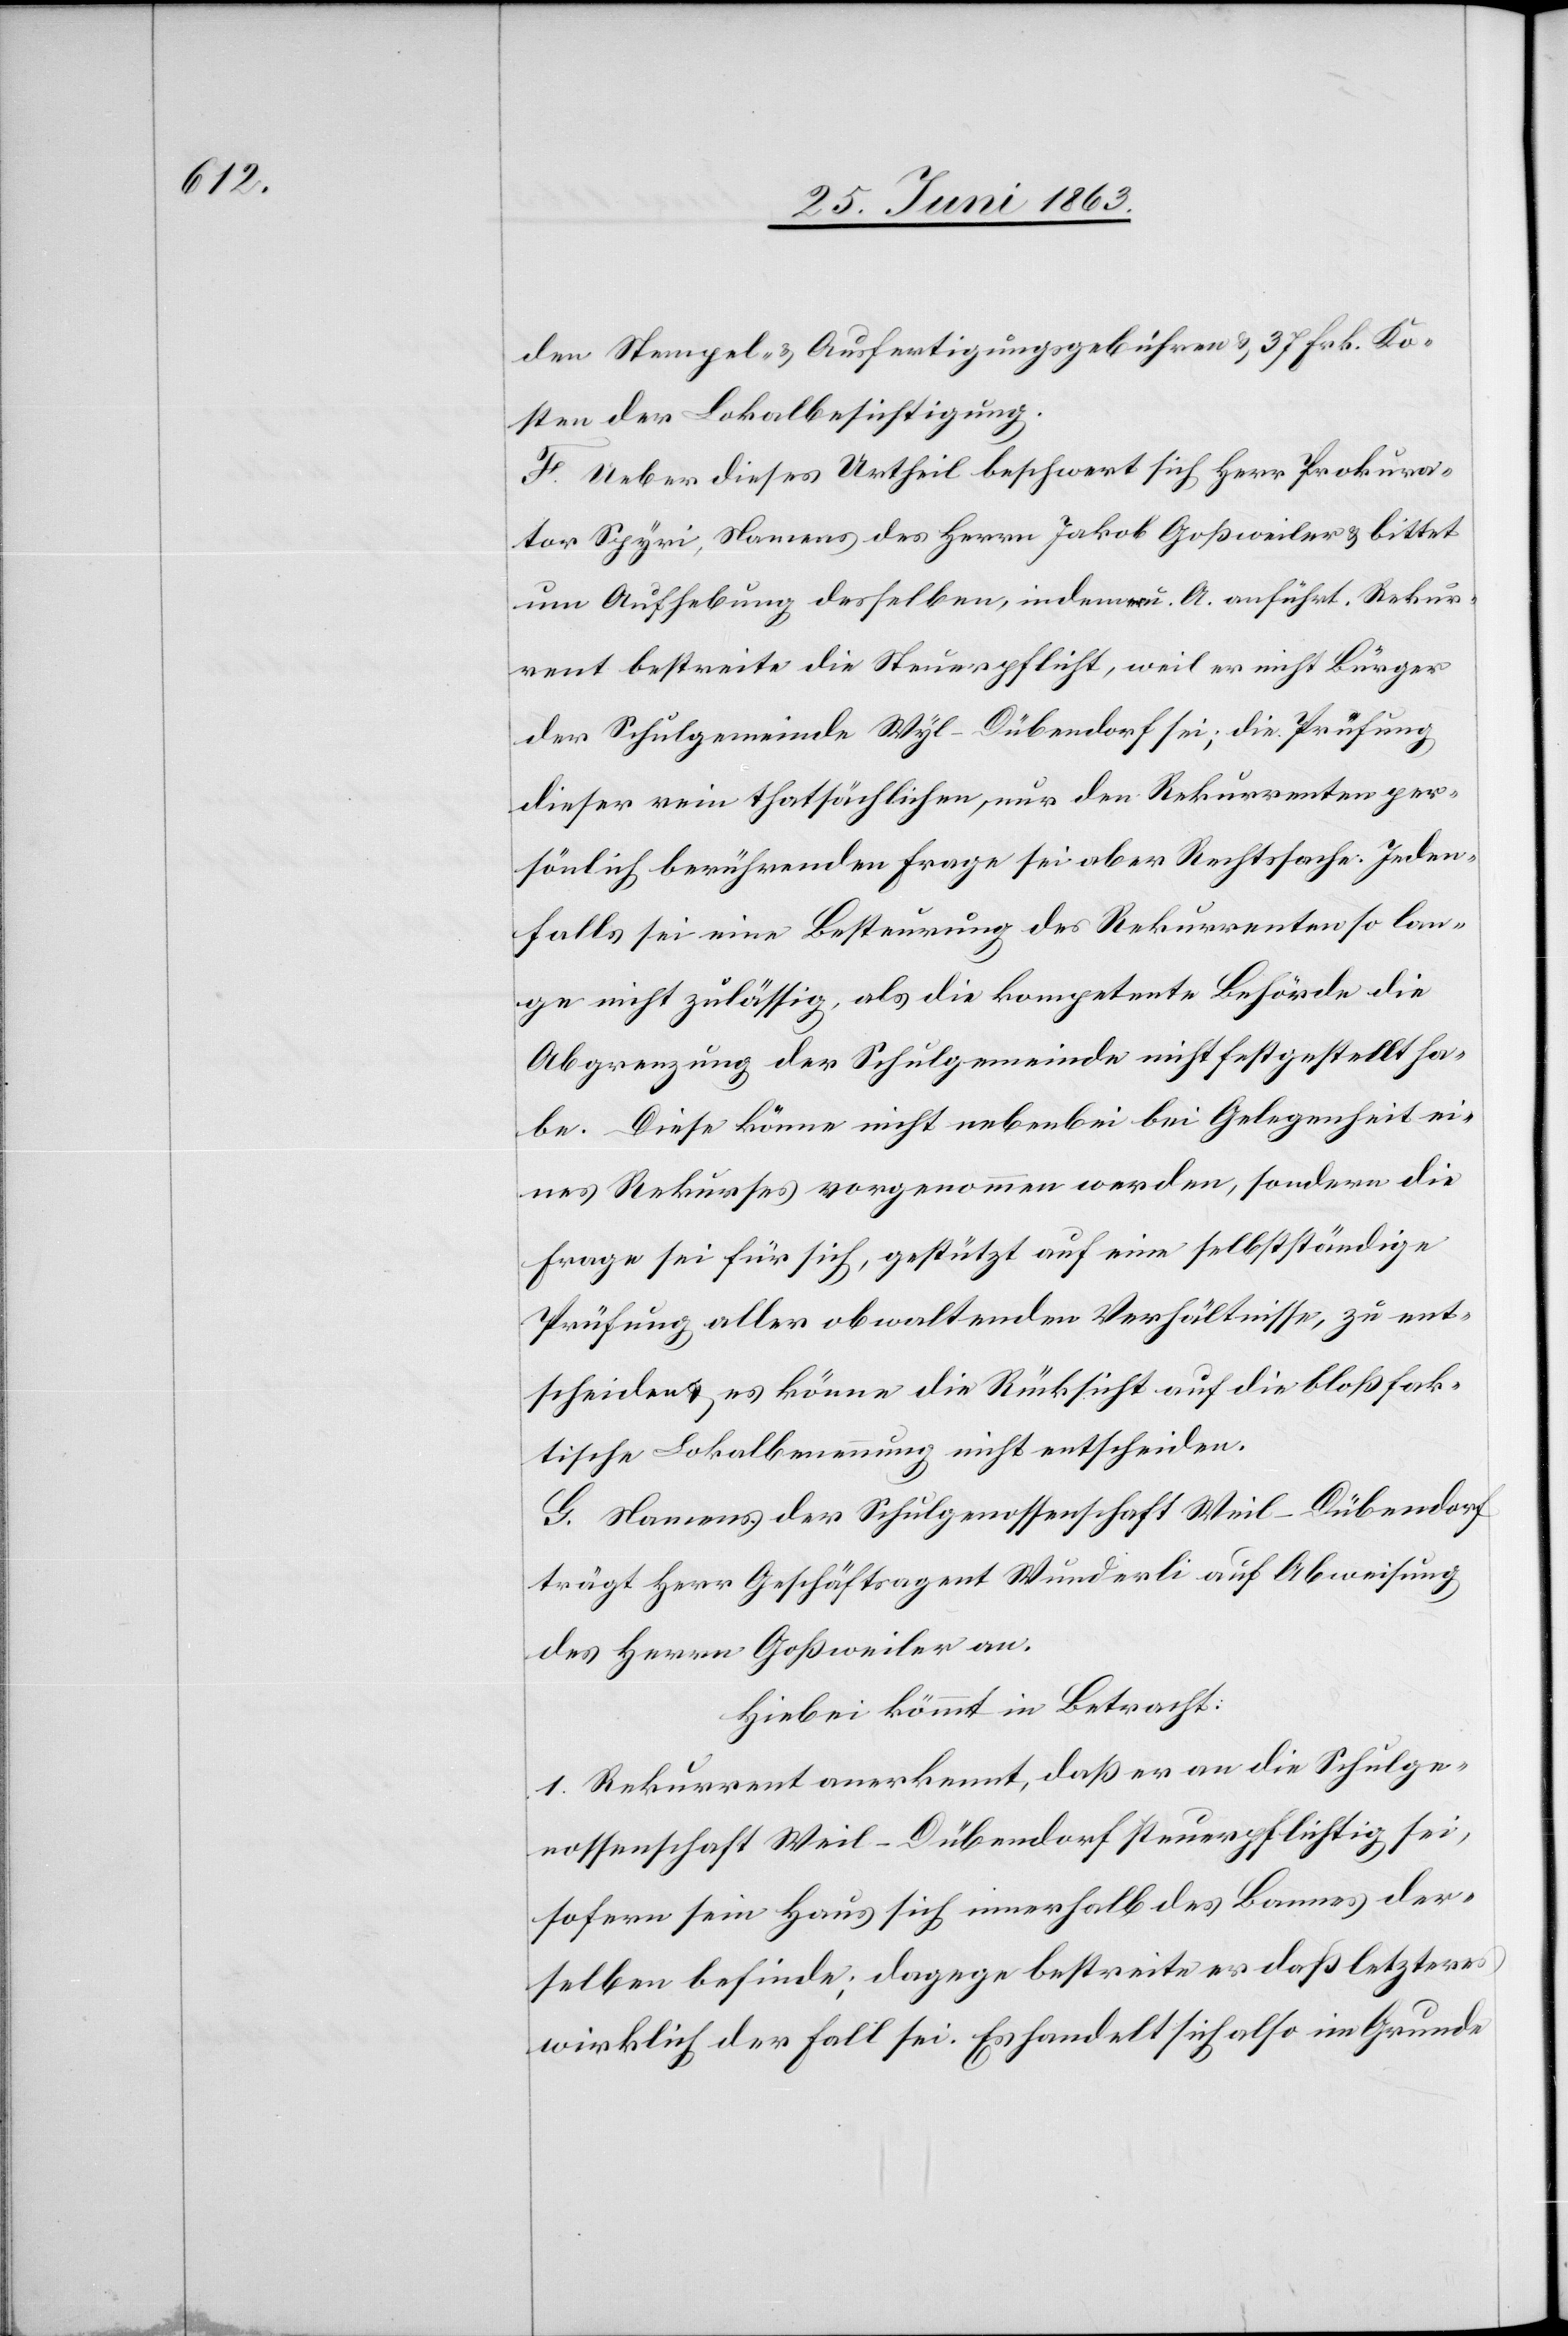
den Stempel- & Ausfertigungsgebühren & 37 Frk. Ko¬
sten der Lokalbesichtigung.
F. Ueber dieses Urtheil beschwert sich Herr Prokura¬
tor Spyri, Namens des Herrn Jakob Goßweiler & bittet
um Aufhebung desselben, indem er u. A. anführt. Rekur¬
rent bestreite die Steuerpflicht, weil er nicht Bürger
der Schulgemeinde Wyl-Dübendorf [sic!] sei; die Prüfung
dieser rein thatsächlichen, nur den Rekurrenten per¬
sönlich berührenden Frage sei aber Rechtssache. Jeden¬
falls sei eine Besteurung des Rekurrenten so lan¬
ge nicht zulässig, als die kompetente Behörde die
Abgrenzung der Schulgemeinde nicht festgestellt ha¬
be. Diese könne nicht nebenbei bei Gelegenheit ei¬
nes Rekurses vorgenommen werde, sondern die
Frage sei für sich, gestützt auf eine selbstständige
Prüfung aller obwaltenden Verhältnisse, zu ent¬
scheiden & es könne die Rücksicht auf die bloß fak¬
tische Lokalbenennung nicht entscheiden.
G. Namens der Schulgenossenschaft Weil-Dübendorf
trägt Herr Geschäftsagent Wunderli auf Abweisung
des Herrn Goßweiler an.
Hiebei kömmt in Betracht:
1. Rekurrent anerkennt, daß er an die Schulge¬
nossenschaft Weil-Dübendorf steuerpflichtig sei,
sofern sein Haus sich innerhalb des Bannes der¬
selben befinde; dagege[n] bestreite er daß letzteres
wirklich der Fall sei. Es handelt sich also im Grunde